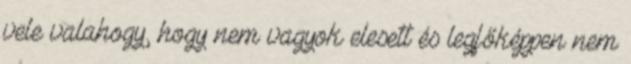
vele valahogy, hogy nem vagyok elesett és legfőképpen nem